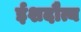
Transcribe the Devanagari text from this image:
ईशदौत्य